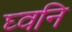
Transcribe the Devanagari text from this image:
घ्वनि